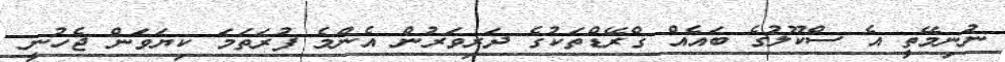
ނުނިމޭތީ އެ ސްކޫލުގެ ބައެއް ގްރޭޑްތަކުގެ ދަރިވަރުން އެންމެ ފުރަތަމަ ކިޔަވަން ޖެހުނީ